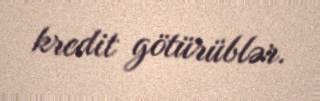
kredit götürüblər.